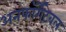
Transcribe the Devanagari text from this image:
अनफॉर्गेटेबल